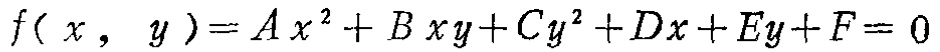
\(f( x, y )=A x^{2}+B x y + C y^{2}+D x + E y+F = 0\)